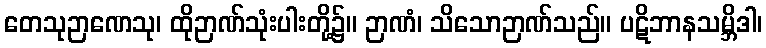
တေသုဉာဏေသု၊ ထိုဉာဏ်သုံးပါးတို့၌။ ဉာဏံ၊ သိသောဉာဏ်သည်။ ပဋိဘာနသမ္ဘိဒါ၊